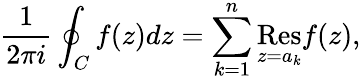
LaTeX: {\frac{1}{2\pi i}}\oint_{C}f(z)dz=\sum_{k=1}^{n}{\underset{z=a_{k}}{\mathrm{Res}}}f(z),